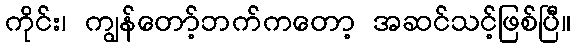
ကိုင်း၊ ကျွန်တော့်ဘက်ကတော့ အဆင်သင့်ဖြစ်ပြီ။